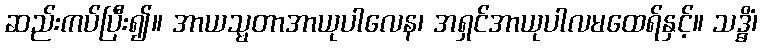
ဆည်းကပ်ပြီး၍။ အာယသ္မတာအာယုပါလေန၊ အရှင်အာယုပါလမထေရ်နှင့်။ သဒ္ဓိံ၊